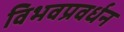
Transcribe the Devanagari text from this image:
विभवप्रवर्धन